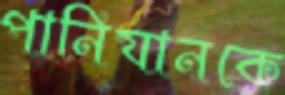
পানিযানকে